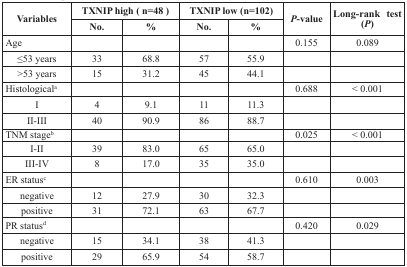
<table><thead><tr><td rowspan="2"><b>Variables</b></td><td colspan="2"><b>TXNIP high (n=48)</b></td><td colspan="2"><b>TXNIP low (n=102)</b></td><td rowspan="2"><b><i>P</i>-value</b></td><td rowspan="2"><b>Long-rank test (<i>P</i>)</b></td></tr><tr><td><b>No.</b></td><td><b>%</b></td><td><b>No.</b></td><td><b>%</b></td></tr></thead><tbody><tr><td>Age</td><td></td><td></td><td></td><td></td><td>0.155</td><td>0.089</td></tr><tr><td> ≤53 years</td><td>33</td><td>68.8</td><td>57</td><td>55.9</td><td></td><td></td></tr><tr><td> &gt;53 years</td><td>15</td><td>31.2</td><td>45</td><td>44.1</td><td></td><td></td></tr><tr><td>Histological<sup>a</sup></td><td></td><td></td><td></td><td></td><td>0.688</td><td>&lt; 0.001</td></tr><tr><td> I</td><td>4</td><td>9.1</td><td>11</td><td>11.3</td><td></td><td></td></tr><tr><td> II-III</td><td>40</td><td>90.9</td><td>86</td><td>88.7</td><td></td><td></td></tr><tr><td>TNM stage<sup>b</sup></td><td></td><td></td><td></td><td></td><td>0.025</td><td>&lt; 0.001</td></tr><tr><td> I-II</td><td>39</td><td>83.0</td><td>65</td><td>65.0</td><td></td><td></td></tr><tr><td> III-IV</td><td>8</td><td>17.0</td><td>35</td><td>35.0</td><td></td><td></td></tr><tr><td>ER status<sup>c</sup></td><td></td><td></td><td></td><td></td><td>0.610</td><td>0.003</td></tr><tr><td> negative</td><td>12</td><td>27.9</td><td>30</td><td>32.3</td><td></td><td></td></tr><tr><td> positive</td><td>31</td><td>72.1</td><td>63</td><td>67.7</td><td></td><td></td></tr><tr><td>PR status<sup>d</sup></td><td></td><td></td><td></td><td></td><td>0.420</td><td>0.029</td></tr><tr><td> negative</td><td>15</td><td>34.1</td><td>38</td><td>41.3</td><td></td><td></td></tr><tr><td> positive</td><td>29</td><td>65.9</td><td>54</td><td>58.7</td><td></td><td></td></tr></tbody></table>